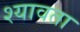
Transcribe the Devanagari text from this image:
श्यावता